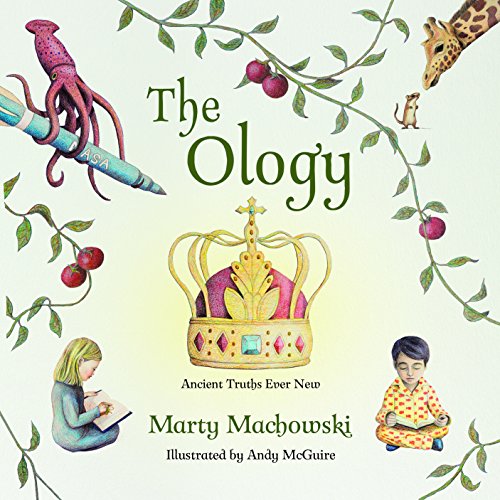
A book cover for The Ology: Ancient Truths, Ever New; Marty Machowski; Christian Books & Bibles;